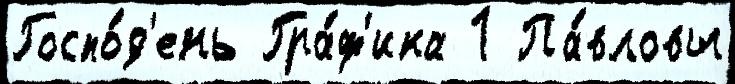
Госпо́д'ень Гра́ф'ика 1 Па́вловы